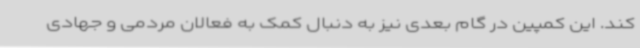
کند. این کمپین در گام بعدی نیز به دنبال کمک به فعالان مردمی و جهادی